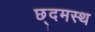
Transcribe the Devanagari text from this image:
छ्दमस्थ